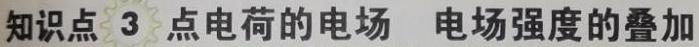
知识点 3 点电荷的电场 电场强度的叠加